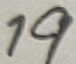
Text: 19